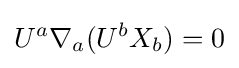
U^{a}\nabla _{a}(U^{b}X_{b})=0